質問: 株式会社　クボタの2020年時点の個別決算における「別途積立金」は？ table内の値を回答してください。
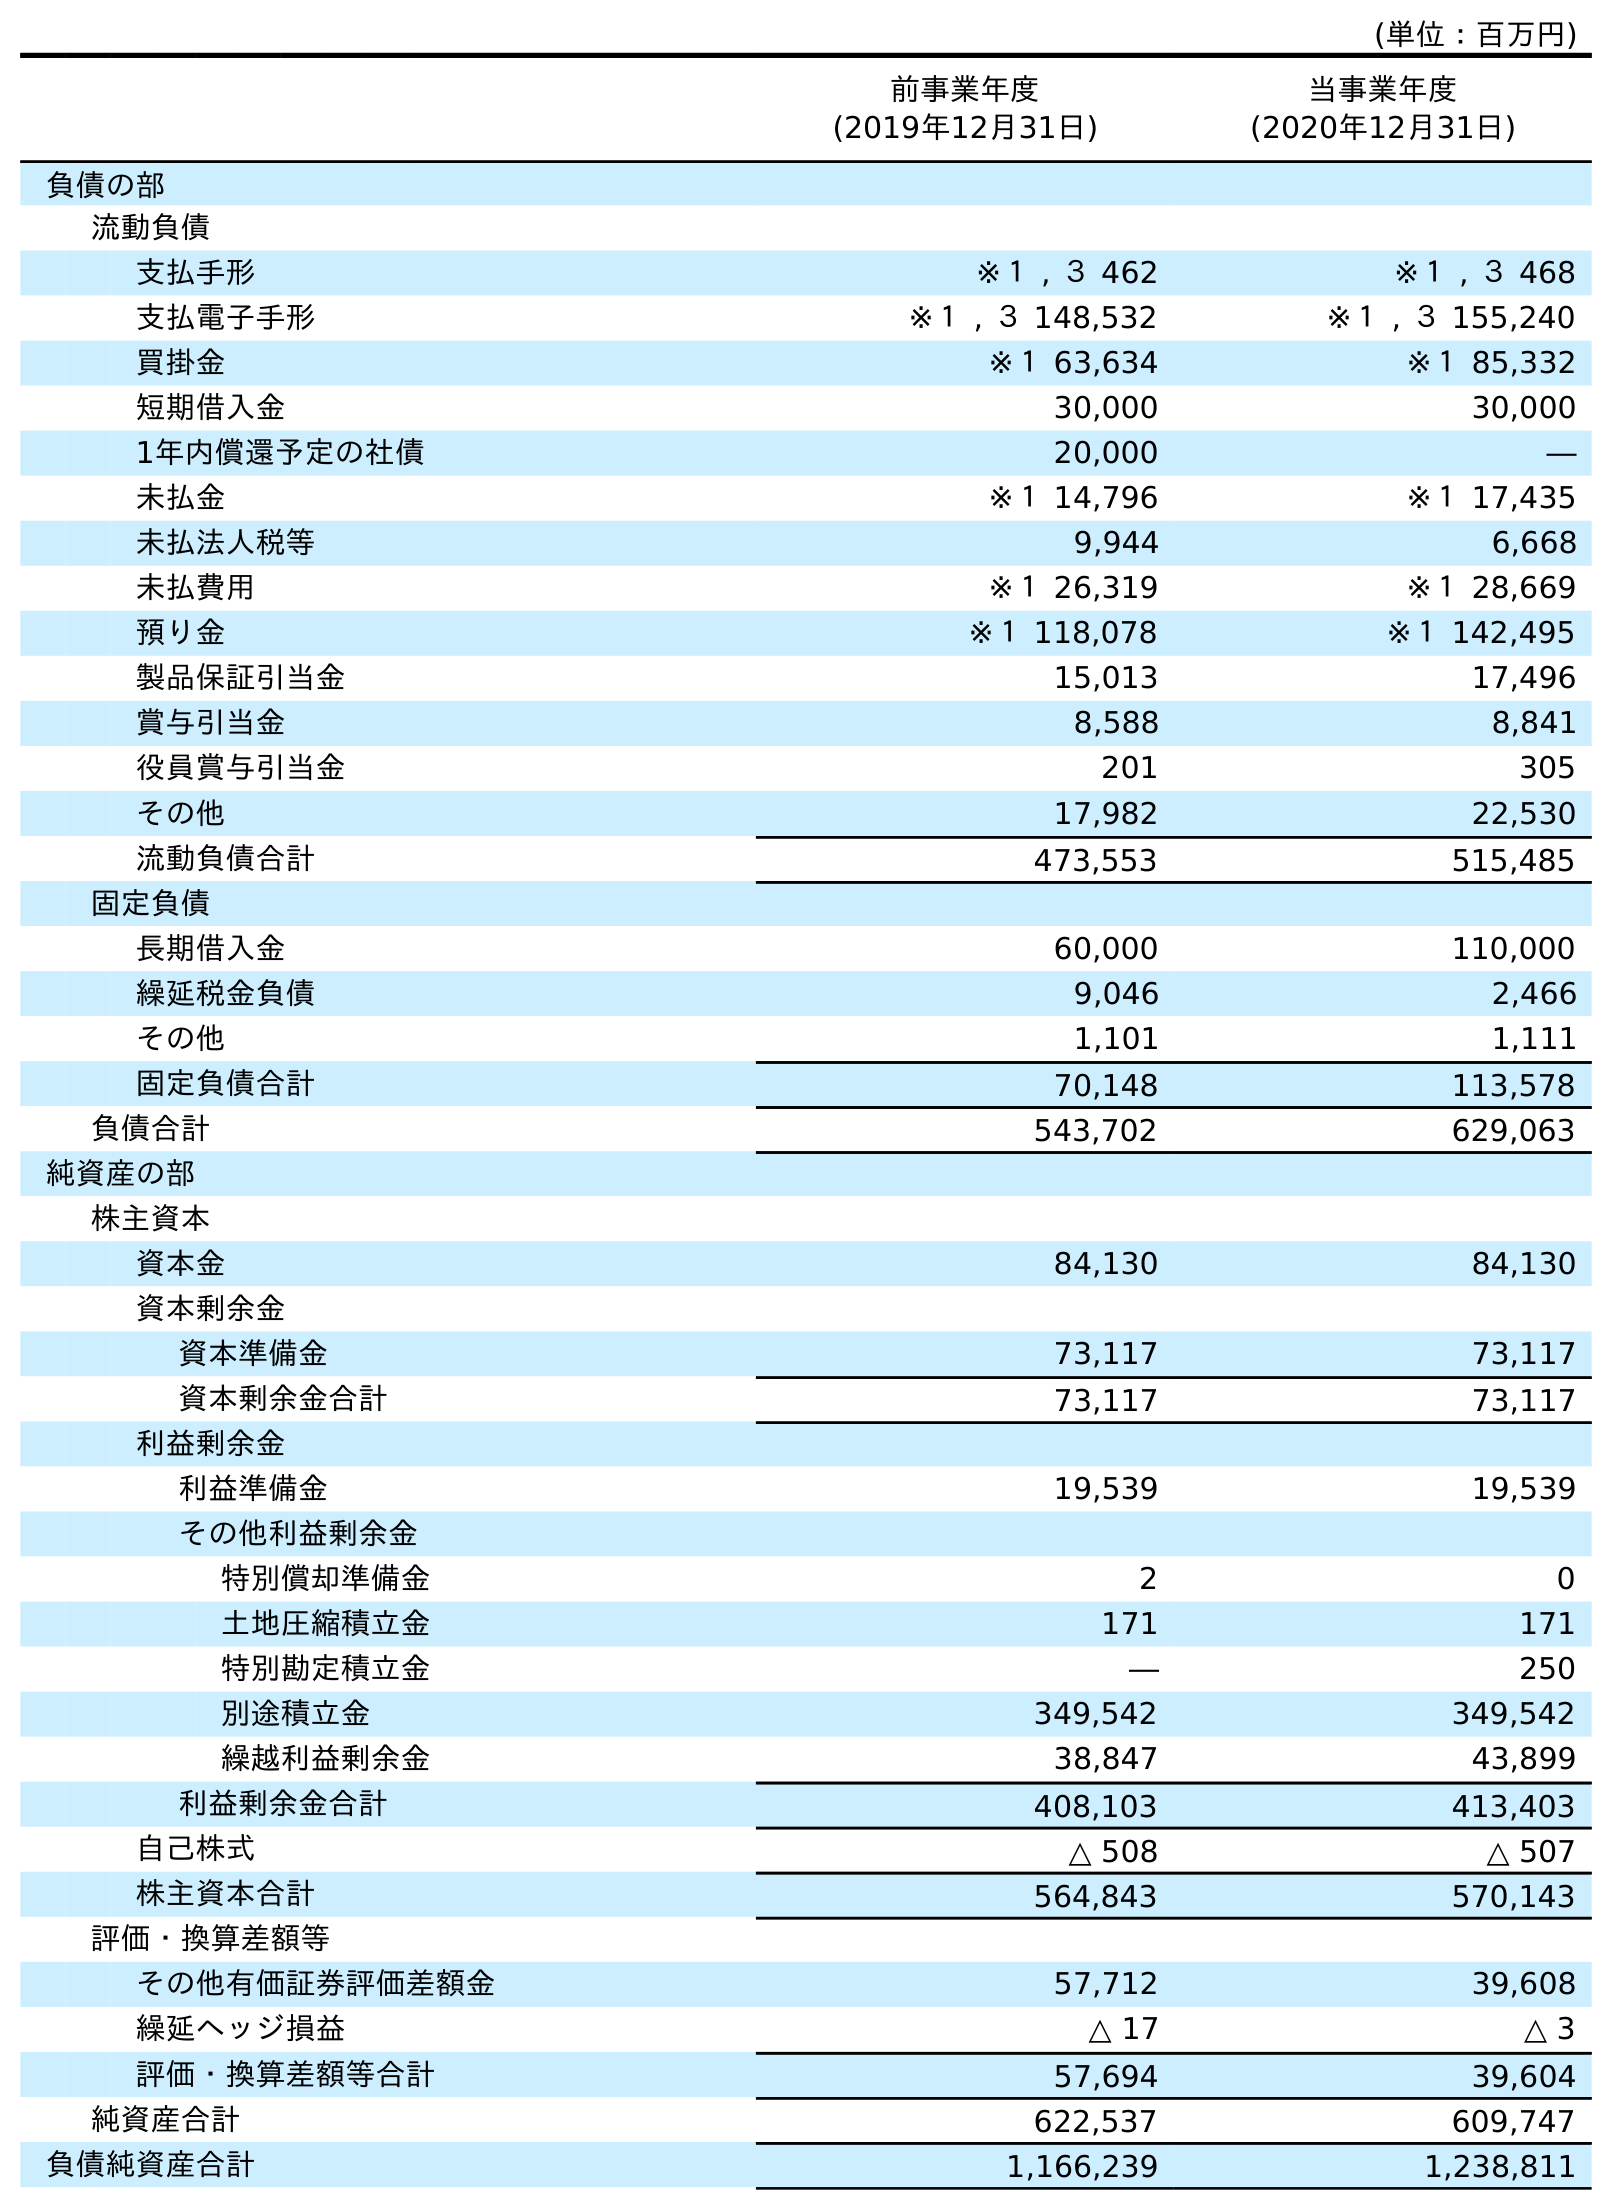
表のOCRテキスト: (単位：百万円) 前事業年度 (2019年12月31日) 当事業年度 (2020年12月31日) 負債の部 流動負債 支払手形 ※１ , ３ 462 ※１ , ３ 468 支払電子手形 ※１ , ３ 148,532 ※１ , ３ 155,240 買掛金 ※１ 63,634 ※１ 85,332 短期借入金 30,000 30,000 1年内償還予定の社債 20,000 ― 未払金 ※１ 14,796 ※１ 17,435 未払法人税等 9,944 6,668 未払費用 ※１ 26,319 ※１ 28,669 預り金 ※１ 118,078 ※１ 142,495 製品保証引当金 15,013 17,496 賞与引当金 8,588 8,841 役員賞与引当金 201 305 その他 17,982 22,530 流動負債合計 473,553 515,485 固定負債 長期借入金 60,000 110,000 繰延税金負債 9,046 2,466 その他 1,101 1,111 固定負債合計 70,148 113,578 負債合計 543,702 629,063 純資産の部 株主資本 資本金 84,130 84,130 資本剰余金 資本準備金 73,117 73,117 資本剰余金合計 73,117 73,117 利益剰余金 利益準備金 19,539 19,539 その他利益剰余金 特別償却準備金 2 0 土地圧縮積立金 171 171 特別勘定積立金 ― 250 別途積立金 349,542 349,542 繰越利益剰余金 38,847 43,899 利益剰余金合計 408,103 413,403 自己株式 △ 508 △ 507 株主資本合計 564,843 570,143 評価・換算差額等 その他有価証券評価差額金 57,712 39,608 繰延ヘッジ損益 △ 17 △ 3 評価・換算差額等合計 57,694 39,604 純資産合計 622,537 609,747 負債純資産合計 1,166,239 1,238,811
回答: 349,542